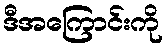
ဒီအကြောင်းကို